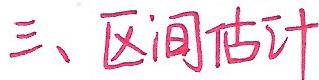
三、区间估计